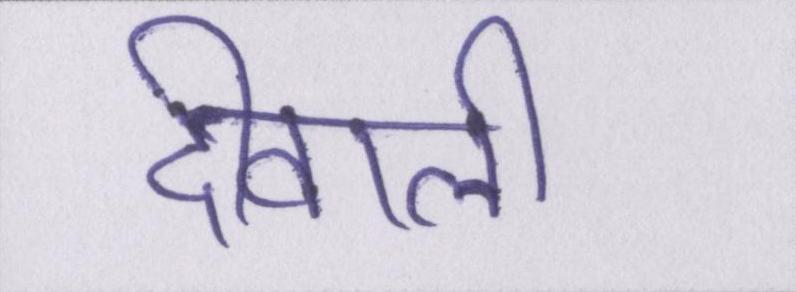
दीवाली